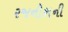
રજનીશની